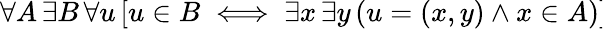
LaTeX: \forall A\, \exists B\, \forall u\, [u\in B\iff\exists x\, \exists y\, (u=(x,y)\land x\in A)]\!